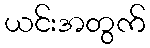
ယင်းအတွက်